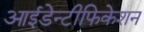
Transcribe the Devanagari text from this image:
आईडेन्टीफिकेशन